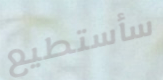
سأستطيع